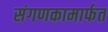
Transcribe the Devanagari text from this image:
संगणकामार्फत